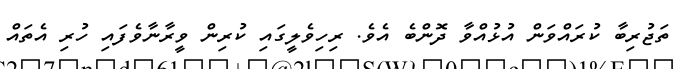
ތަޖުރިބާ ކުރައްވަން އުޅުއްވާ ދޮންބެ އެވެ. ރިހިވެލީގައި ކުރިން ވީރާނާވެފައި ހުރި އެތައް